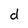
Character: d